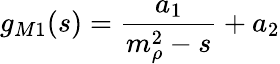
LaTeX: g_{M1}(s)=\frac{a_{1}}{m_{\rho}^{2}-s}+a_{2}